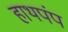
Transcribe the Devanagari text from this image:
हाथपंप